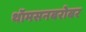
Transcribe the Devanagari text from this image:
थॉमसनबरोबर